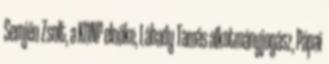
Semjén Zsolt, a KDNP elnöke, Lábady Tamás alkotmányjogász, Pápai